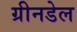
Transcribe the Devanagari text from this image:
ग्रीनडेल